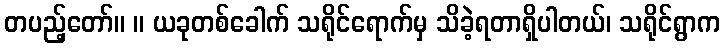
တပည့်တော်။ ။ ယခုတစ်ခေါက် သရိုင်ရောက်မှ သိခဲ့ရတာရှိပါတယ်၊ သရိုင်ရွာက